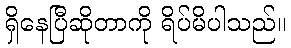
ရှိနေပြီဆိုတာကို ရိပ်မိပါသည်။